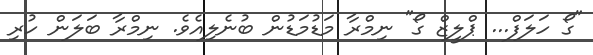
"ގޯ ހަލަފް... ޕްލީޒް ގޯ" ނިމްރާ މަޑުމަޑުން ބުނެލިއެވެ. ނިމްރާ ބަލަން ހުރި